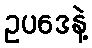
ဥပဒေနဲ့